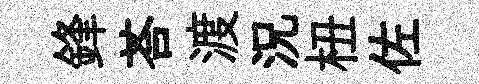
鋒荅渡況杻佐